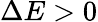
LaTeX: \Delta E>0